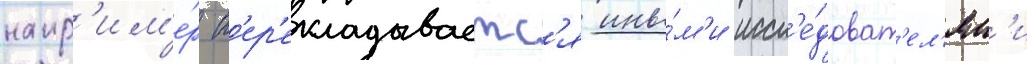
напр'им'е́р п'ер'екладываетс'я ины́м'и иссл'е́доват'ел'ям'и